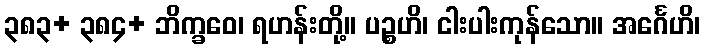
၃၈၃+ ၃၈၄+ ဘိက္ခဝေ၊ ရဟန်းတို့။ ပဉ္စဟိ၊ ငါးပါးကုန်သော။ အင်္ဂေဟိ၊